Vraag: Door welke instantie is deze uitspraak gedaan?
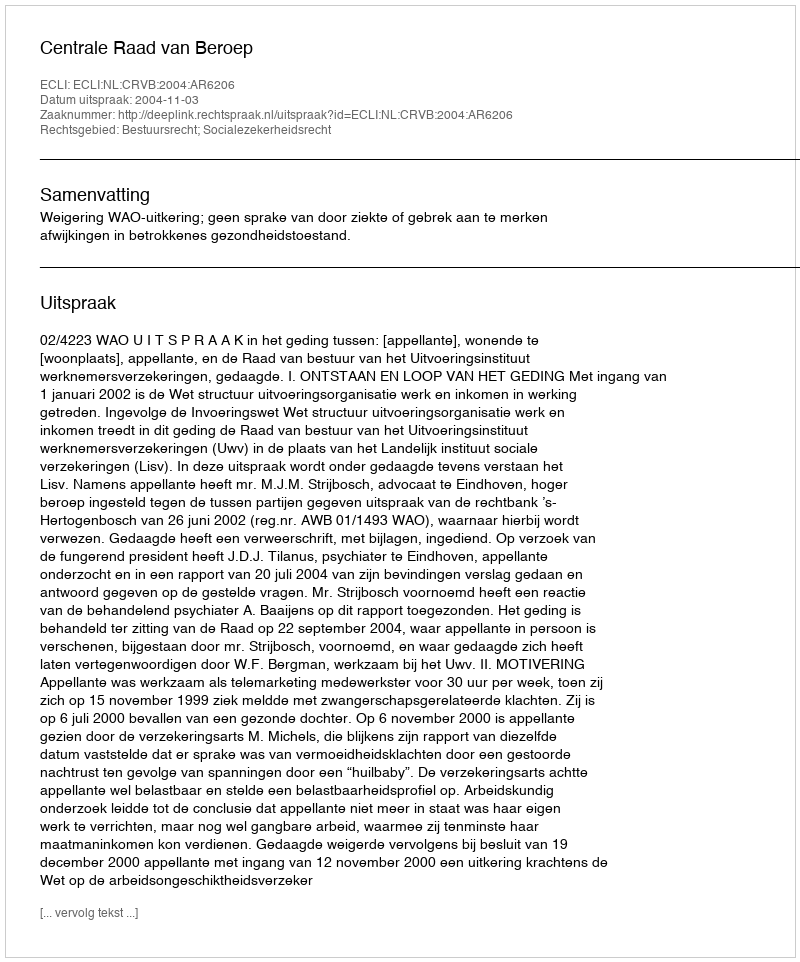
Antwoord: Centrale Raad van Beroep